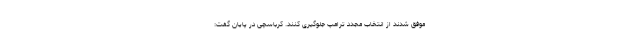
موفق شدند از انتخاب مجدد ترامپ جلوگیری کنند. کرباسچی در پایان گفت: